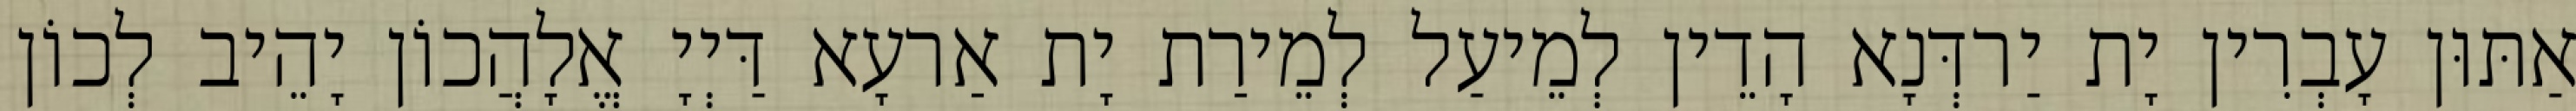
אַתּוּן עָבְרִין יָת יַרדְּנָא הָדֵין לְמֵיעַל לְמֵירַת יָת אַרעָא דַּיְיָ אֱלָהֲכוֹן יָהֵיב לְכוֹן